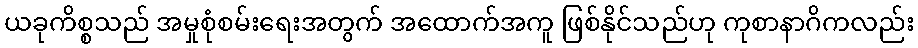
ယခုကိစ္စသည် အမှုစုံစမ်းရေးအတွက် အထောက်အကူ ဖြစ်နိုင်သည်ဟု ကုစာနာဂိကလည်း